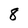
Character: 8